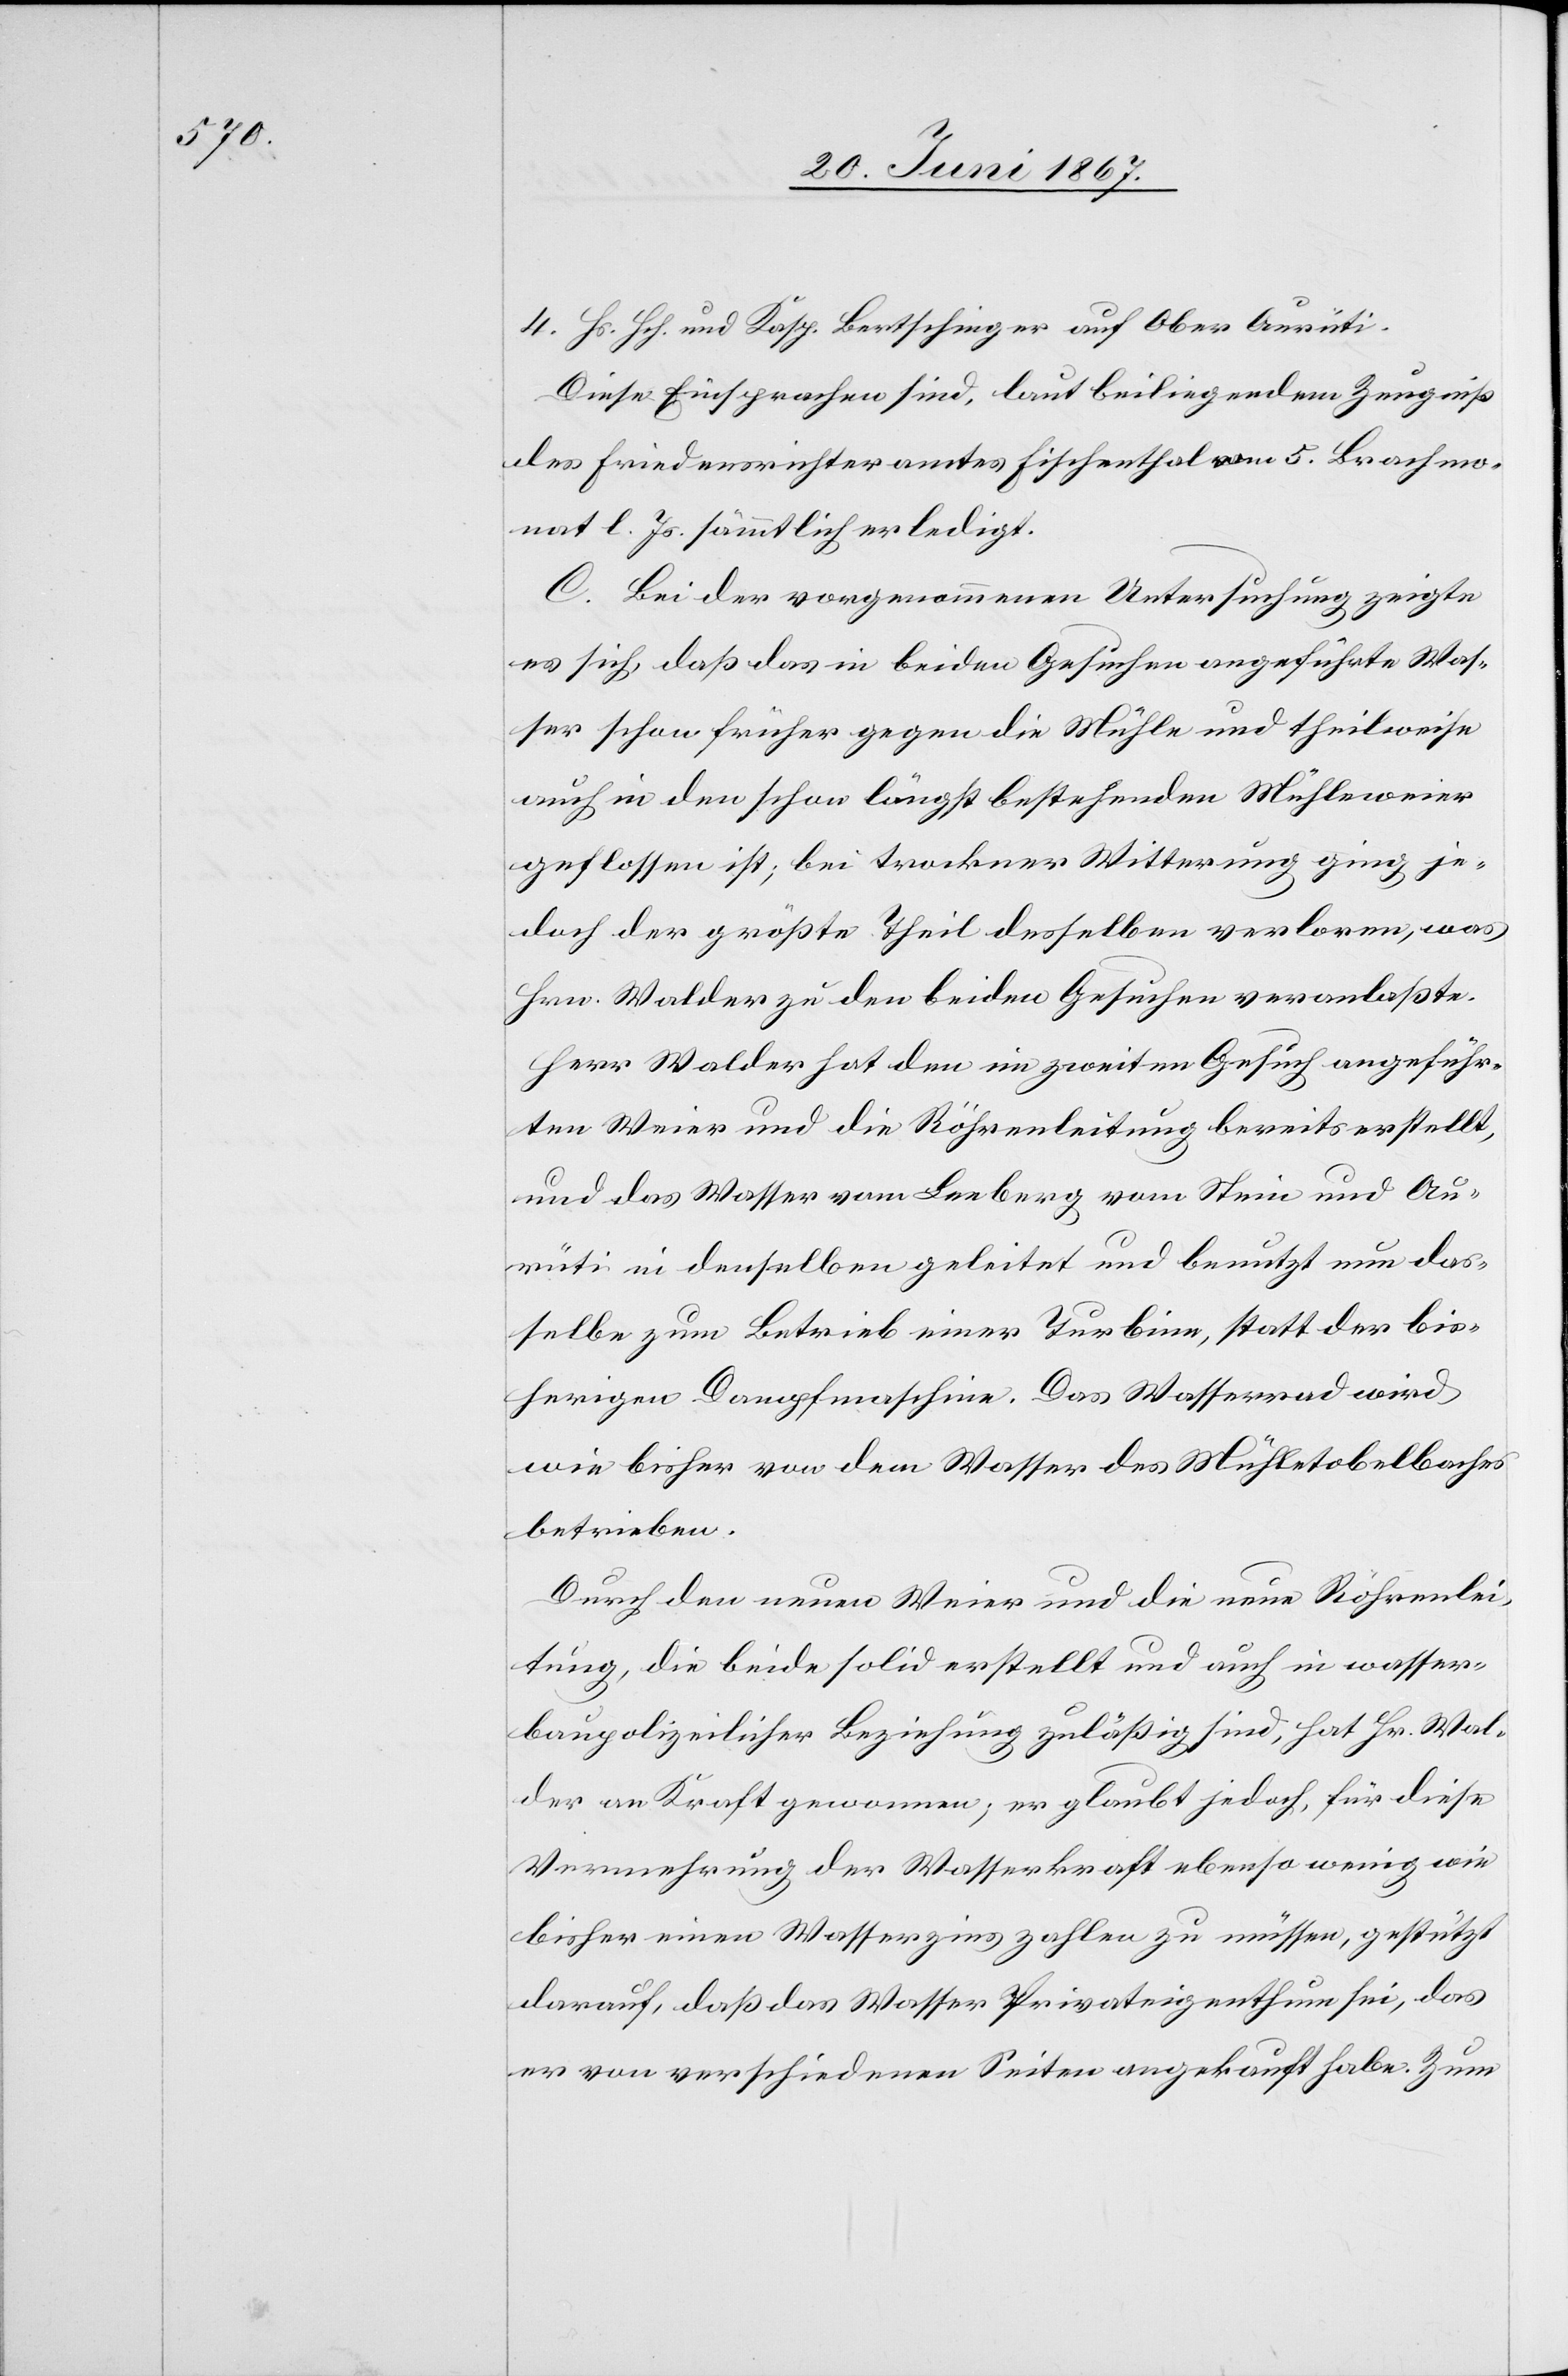
4. Hs. Hch. und Kasp. Bertschinger auf Ober Aurüti.
Diese Einsprachen sind, laut beiliegendem Zeugniß
des Friedensrichteramtes Fischenthal vom 5. Brachmo¬
nat l. Js. sämmtlich erledigt.
C. Bei der vorgenommenen Untersuchung zeigte
es sich, daß das in beiden Gesuchen angeführte Was¬
ser schon früher gegen die Mühle und theilweise
auch in den schon längste bestehenden Mühleweier
geflossen ist; bei trockener Witterung ging je¬
doch der größte Theil desselben verloren, was
Hrn. Walder zu den beiden Gesuchen veranlaßte.
Herr Walder hat den im zweiten Gesuch angeführ¬
ten Weier und die Röhrenleitung bereits erstellt,
und das Wasser vom Leeberg vom Stein und Au¬
rüti in denselben geleitet und benutzt nun das¬
selbe zum Betrieb einer Turbine, statt der bis¬
herigen Dampfmaschine. Das Wasserrad wird
wie bisher von dem Wasser des Mühletobelbaches
betrieben.
Durch den neuen Weier und die neue Röhrenlei¬
tung, die beide solid erstellt und auch in wasser¬
baupolizeilicher Beziehung zuläßig sind, hat Hr. Wal¬
der an Kraft gewonnen; er glaubt jedoch, für diese
Vermehrung der Wasserkraft ebenso wenig wie
bisher einen Wasserzins zahlen zu müssen, gestützt
darauf, daß das Wasser Privateigenthum sei, das
er von verschiedenen Seiten angekauft habe. Zum